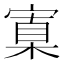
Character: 𡩼